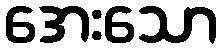
အေးသော